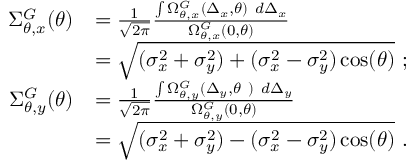
\begin{array} { r l } { \Sigma _ { \theta , x } ^ { G } ( \theta ) } & { = \frac { 1 } { \sqrt { 2 \pi } } \frac { \int \Omega _ { \theta , x } ^ { G } ( \Delta _ { x } , \theta ) \ d \Delta _ { x } } { \Omega _ { \theta , x } ^ { G } ( 0 , \theta ) } } \\ & { = \sqrt { ( \sigma _ { x } ^ { 2 } + \sigma _ { y } ^ { 2 } ) + ( \sigma _ { x } ^ { 2 } - \sigma _ { y } ^ { 2 } ) \cos ( \theta ) } \ ; } \\ { \Sigma _ { \theta , y } ^ { G } ( \theta ) } & { = \frac { 1 } { \sqrt { 2 \pi } } \frac { \int \Omega _ { \theta , y } ^ { G } ( \Delta _ { y } , \theta \ ) \ d \Delta _ { y } } { \Omega _ { \theta , y } ^ { G } ( 0 , \theta ) } } \\ & { = \sqrt { ( \sigma _ { x } ^ { 2 } + \sigma _ { y } ^ { 2 } ) - ( \sigma _ { x } ^ { 2 } - \sigma _ { y } ^ { 2 } ) \cos ( \theta ) } \ . } \end{array}